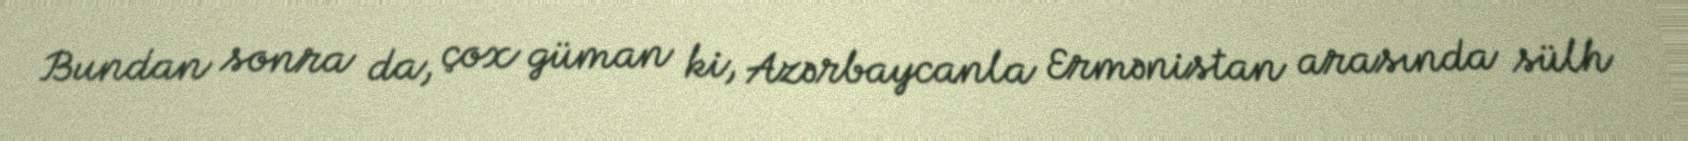
Bundan sonra da, çox güman ki, Azərbaycanla Ermənistan arasında sülh